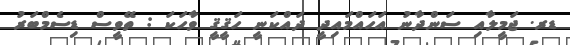
ޑރ. ޖަމީލާއި ސަންދާނު އަހައްމައިދީ ދައްކަނީ ހަޤީޤީ ވާހަކަ : ތޭވީސް ޑިސެމްބަރު